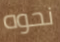
نحوه